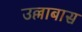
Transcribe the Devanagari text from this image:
उल्लाबास